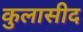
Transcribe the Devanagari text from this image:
कुलासीद